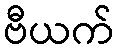
ဗီယက်